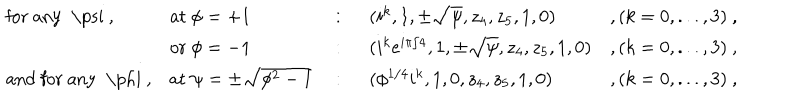
\begin{array} { l l l l l } { { \mathrm { f o r ~ a n y ~ \ p s i ~ , } } } & { { \mathrm { a t ~ } \phi = + 1 } } & { { ~ : ~ } } & { { ( i ^ { k } , 1 , \pm \sqrt { \psi } , z _ { 4 } , z _ { 5 } , 1 , 0 ) } } & { { , ( k = 0 , . . . , 3 ) ~ , } } \\ { { } } & { { \mathrm { o r ~ } \phi = - 1 } } & { { ~ : ~ } } & { { ( i ^ { k } e ^ { i \pi / 4 } , 1 , \pm \sqrt { \psi } , z _ { 4 } , z _ { 5 } , 1 , 0 ) } } & { { , ( k = 0 , . . . , 3 ) ~ , } } \\ { { \mathrm { a n d ~ f o r ~ a n y ~ \ p h i ~ , } } } & { { \mathrm { a t ~ } \psi = \pm \sqrt { \phi ^ { 2 } - 1 } } } & { { ~ : ~ } } & { { ( \phi ^ { 1 / 4 } i ^ { k } , 1 , 0 , z _ { 4 } , z _ { 5 } , 1 , 0 ) } } & { { , ( k = 0 , . . . , 3 ) ~ , } } \\ \end{array}